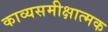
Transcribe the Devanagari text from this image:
काव्यसमीक्षात्मक